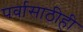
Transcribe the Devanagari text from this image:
पर्वासाठीही